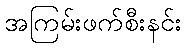
အကြမ်းဖက်စီးနင်း